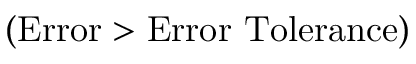
( \mathrm { E r r o r } > \mathrm { E r r o r ~ T o l e r a n c e } )